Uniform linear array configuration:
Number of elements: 16
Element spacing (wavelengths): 0.5
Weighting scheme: kaiser
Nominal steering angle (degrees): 45
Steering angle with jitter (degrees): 46.514
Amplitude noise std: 0.05
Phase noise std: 0.05

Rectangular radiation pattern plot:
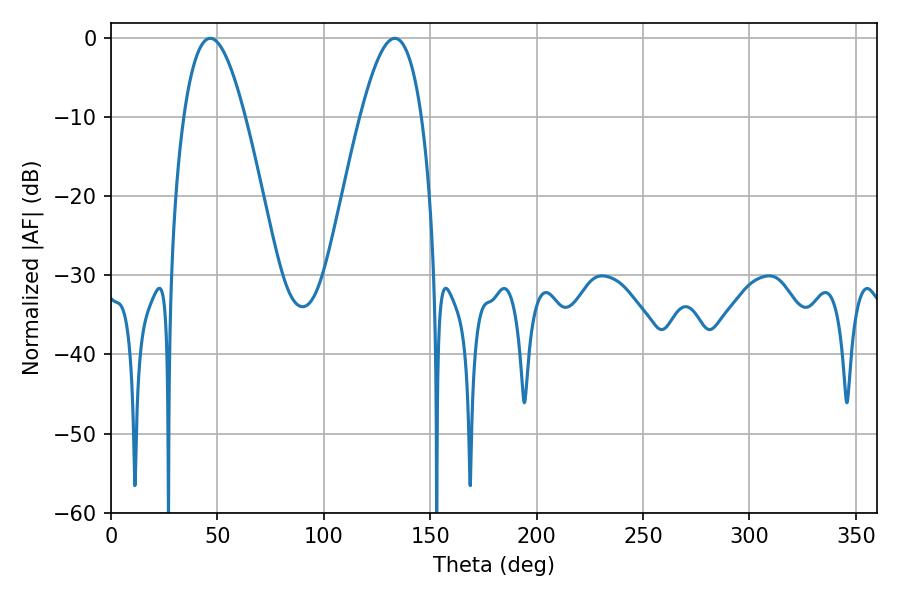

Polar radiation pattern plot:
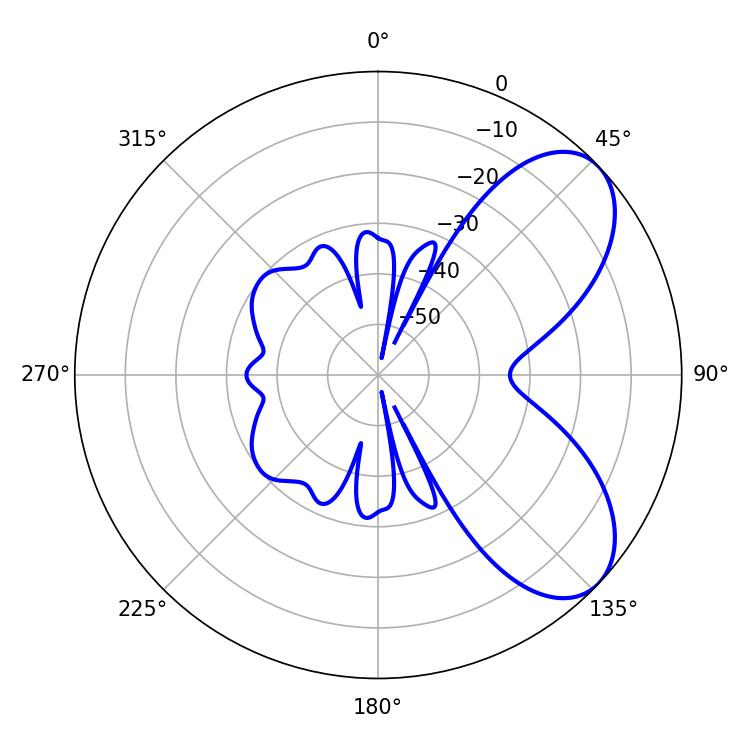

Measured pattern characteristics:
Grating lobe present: FALSE
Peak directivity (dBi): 6.622
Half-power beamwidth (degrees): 15.66
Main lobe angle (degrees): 46.62